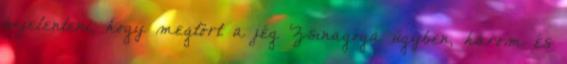
bejelenteni, hogy megtört a jég Zsinagóga ügyben, három és